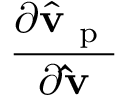
\frac { \partial \hat { \mathbf { v } } _ { \mathrm { ~ p ~ } } } { \partial \mathbf { \hat { v } } }